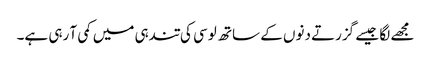
مجھے لگا جیسے گزرتے دنوں کے ساتھ لوسی کی تندہی میں کمی آ رہی ہے۔